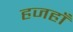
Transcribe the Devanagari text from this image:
हजहाँ